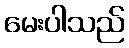
မေးပါသည်